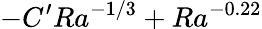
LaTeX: -C^{\prime}Ra^{-1/3}+Ra^{-0.22}